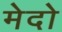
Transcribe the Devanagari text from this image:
मेदो